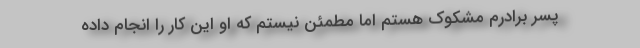
پسر برادرم مشکوک هستم اما مطمئن نیستم که او این کار را انجام داده